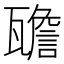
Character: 𱰒